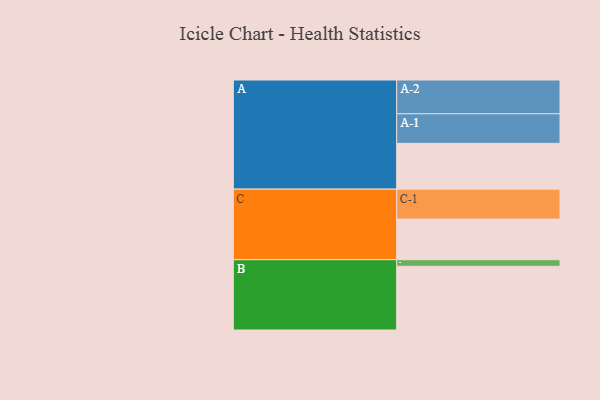
{"axis": {"x": "Segment", "y": "Value"}, "legend": ["", "A", "B", "C"], "data": [{"x": "A", "y": 381, "type": ""}, {"x": "B", "y": 530, "type": ""}, {"x": "C", "y": 338, "type": ""}, {"x": "A-1", "y": 246, "type": "A"}, {"x": "A-2", "y": 281, "type": "A"}, {"x": "B-1", "y": 55, "type": "B"}, {"x": "C-1", "y": 249, "type": "C"}]}